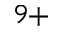
^ { 9 + }